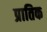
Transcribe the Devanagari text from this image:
प्रातिक